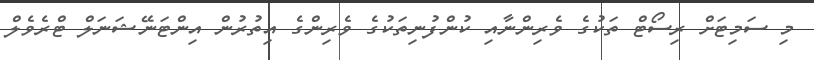
މި ސަމިޓަށް ރިސޯޓް ތަކުގެ ވެރިންނާއި ކުންފުނިތަކުގެ ވެރިންގެ އިތުރުން އިންޓަނޭޝަނަލް ޓްރެވެލް